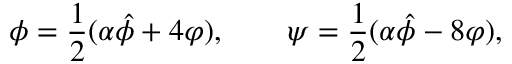
\phi = \frac 1 2 ( \alpha \hat { \phi } + 4 \varphi ) , \qquad \psi = \frac 1 2 ( \alpha \hat { \phi } - 8 \varphi ) ,